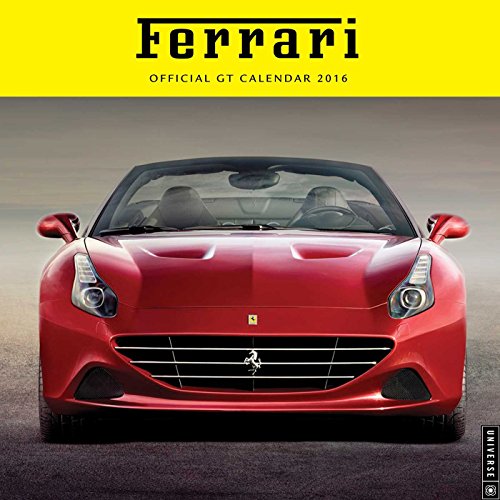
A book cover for Ferrari 2016 Wall Calendar: Official GT Calendar; Universe Publishing; Calendars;